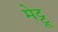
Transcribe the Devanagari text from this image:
मेट्टू